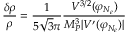
\frac { \delta \rho } { \rho } = \frac { 1 } { 5 \sqrt { 3 } \pi } \frac { V ^ { 3 / 2 } ( \varphi _ { N _ { e } } ) } { M _ { P } ^ { 3 } | V ^ { \prime } ( \varphi _ { N _ { e } } ) | }